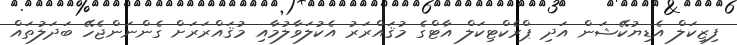
ފިޒިކަލް އެޑިޔުކޭޝަން އަދި ޕްރެކްޓިކަލް އާޓްގެ މުޤައްރަރު އެކުލަވާލުމާއި މުޤައްރަރަށް ގެންނަންޖެހޭ ބަދަލުތައް